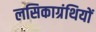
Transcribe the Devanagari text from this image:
लसिकाग्रंथियों